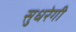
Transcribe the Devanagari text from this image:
सुधरेगी